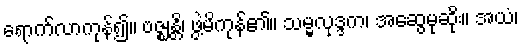
ရောက်လာကုန်၍။ ဗဇ္ဈန္တိ၊ ဖွဲ့မိကုန်၏။ သမ္မလုဒ္ဒက၊ အဆွေမုဆိုး။ အယံ၊